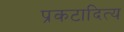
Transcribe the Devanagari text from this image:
प्रकटादित्य